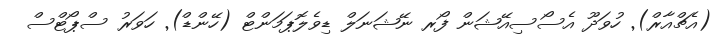
(އެޗްއާރް)